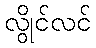
လွိုင်လင်